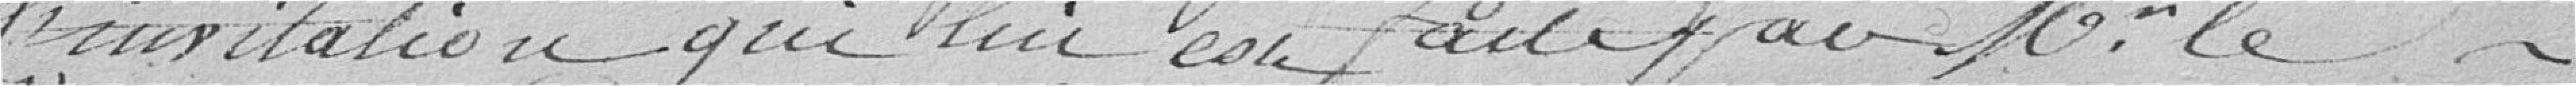
l'invitation qui lui est faite par Monsieur le